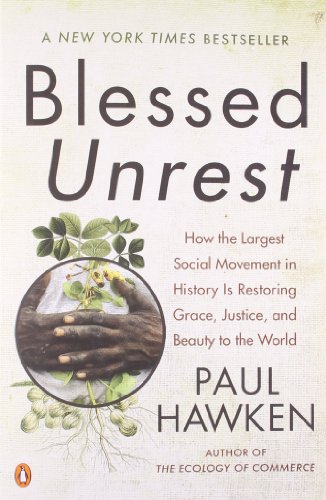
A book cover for Blessed Unrest: How the Largest Social Movement in History Is Restoring Grace, Justice, and Beauty to the World; Paul Hawken; Science & Math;